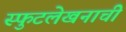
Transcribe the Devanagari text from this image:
स्फुटलेखनाची